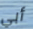
أبي